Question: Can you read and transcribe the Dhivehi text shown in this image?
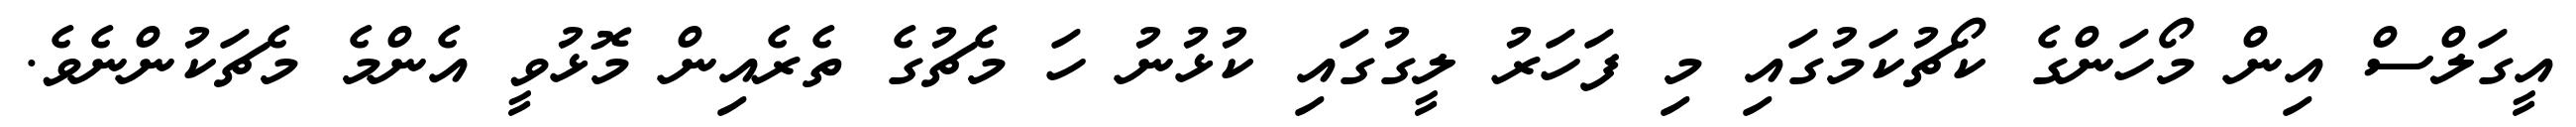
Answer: އީގަލްސް އިން މޯހަންގެ ކޯޗުކަމުގައި މި ފަހަރު ލީގުގައި ކުޅުނު ހަ މެޗުގެ ތެރެއިން މޮޅުވީ އެންމެ މެޗަކުންނެވެ.